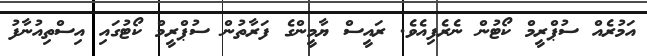
އަމުރެއް ސުޕްރީމް ކޯޓުން ނެރެފިއެވެ. ރައީސް ޔާމީންގެ ފަރާތުން ސުޕްރީމް ކޯޓުގައި އިސްތިއުނާފު